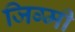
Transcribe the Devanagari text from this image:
जिग्मी